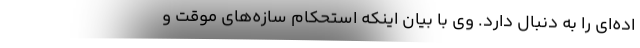
اده‌ای را به دنبال دارد. وی با بیان اینکه استحکام سازه‌های موقت و